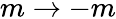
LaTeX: m\to-m